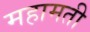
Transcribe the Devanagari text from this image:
महामती